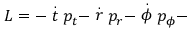
L = - \stackrel { . } { t } p _ { t } - \stackrel { . } { r } p _ { r } - \stackrel { . } { \phi } p _ { \phi } -